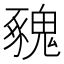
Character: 𩳥